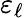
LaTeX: \varepsilon_{\ell}